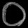
Digit: ၀